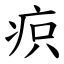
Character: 疻